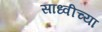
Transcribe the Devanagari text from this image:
साध्वीच्या